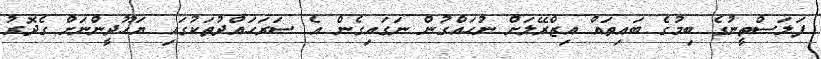
ފަލަސްތީނުގެ ބިމުގެ ބައިތައް އިޒްރޭލަށް ނުހައްގުން ނަގައިގެން އެ ސަރަހައްދުތަކުގައި ޔަހޫދީންނަށް ގެދޮރު